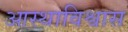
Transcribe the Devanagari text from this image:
आस्थाविश्वास